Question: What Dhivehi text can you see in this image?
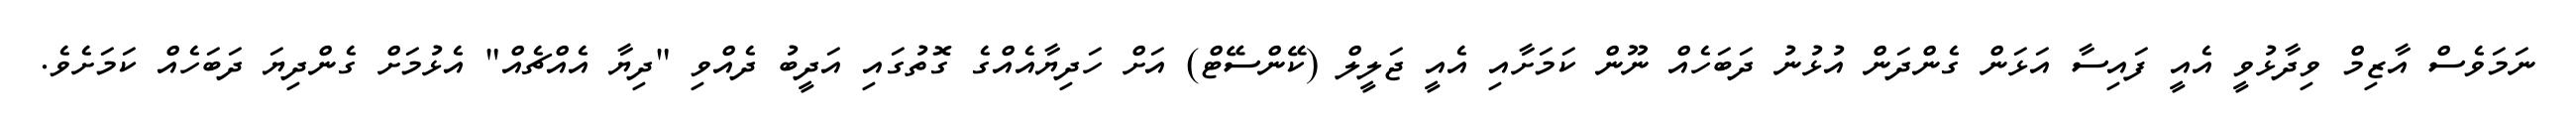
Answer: ނަމަވެސް އާޒިމް ވިދާޅުވީ އެއީ ފައިސާ އަޅަން ގެންދަން އުޅުނު ދަބަހެއް ނޫން ކަމަށާއި އެއީ ޖަލީލް (ކޭންސޭޓް) އަށް ހަދިޔާއެއްގެ ގޮތުގައި އަދީބު ދެއްވި "ދިޔާ އެއްޗެއް" އެޅުމަށް ގެންދިޔަ ދަބަހެއް ކަމަށެވެ.